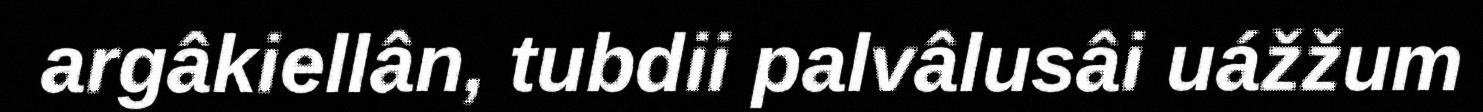
argâkiellân, tubdii palvâlusâi uážžum